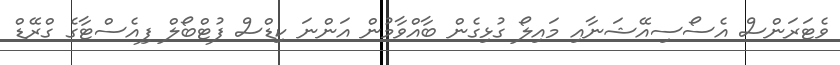
ވެޓަރަންސް އެސޯސިއޭޝަނާއި މައިލޯ ގުޅިގެން ބާއްވާމުން އަންނަ ކިޑްސް ފުޓްބޯލް ފިއެސްޓާގެ ގްރޭޑް